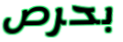
بحرص